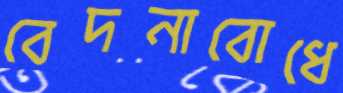
বেদনাবোধে